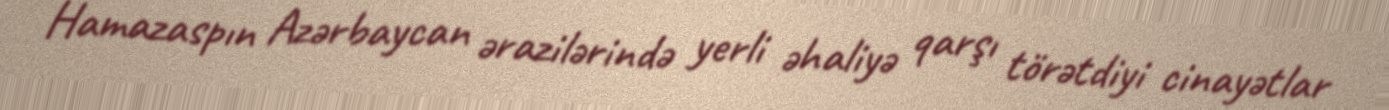
Hamazaspın Azərbaycan ərazilərində yerli əhaliyə qarşı törətdiyi cinayətlar